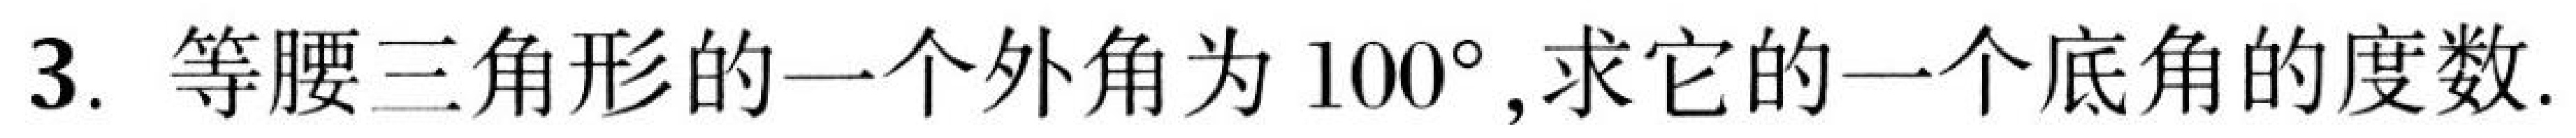
3. 等腰三角形的一个外角为 \(100^{\circ}\),求它的一个底角的度数.